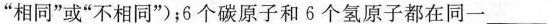
”相同”或”不相同”)；6个碳原子和6个氢原子都在同一___